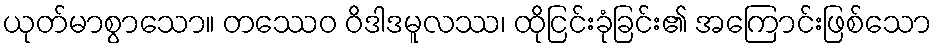
ယုတ်မာစွာသော။ တဿေဝ ဝိဒါဒမူလဿ၊ ထိုငြင်းခုံခြင်း၏ အကြောင်းဖြစ်သော